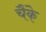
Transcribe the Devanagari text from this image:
चैंके